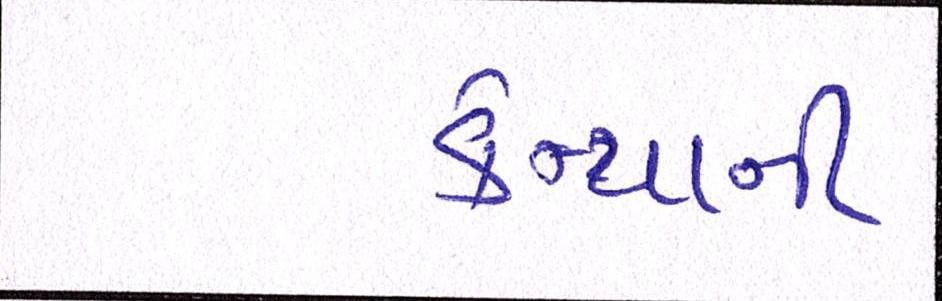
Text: કેન્યાની